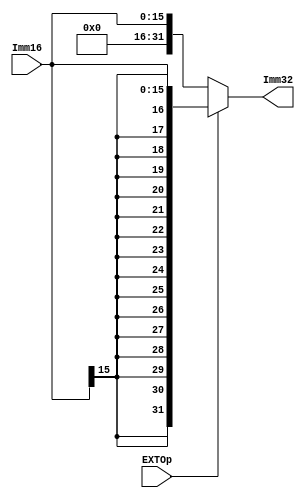
module EXT16( Imm16,EXTOp,Imm32 );
    
   input  [15:0] Imm16;
   input         EXTOp;
   output [31:0] Imm32;
   
   assign Imm32 = (EXTOp) ? {{16{Imm16[15]}}, Imm16} : {16'd0, Imm16}; // signed-extension or zero extension
       
endmodule

module EXT8( Imm8,EXTOp,Imm32 );
    
   input  [7:0]  Imm8;
   input         EXTOp;
   output [31:0] Imm32;
   
   assign Imm32 = (EXTOp) ? {{24{Imm8[7]}}, Imm8} : {24'd0, Imm8}; // signed-extension or zero extension
       
endmodule